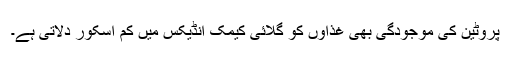
پروٹین کی موجودگی بھی غذاؤں کو گلائی کیمک انڈیکس میں کم اسکور دلاتی ہے۔